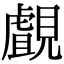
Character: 覰